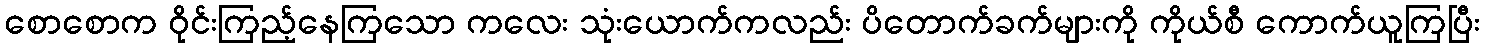
စောစောက ဝိုင်းကြည့်နေကြသော ကလေး သုံးယောက်ကလည်း ပိတောက်ခက်များကို ကိုယ်စီ ကောက်ယူကြပြီး